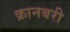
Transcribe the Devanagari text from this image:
क्रानबरी